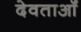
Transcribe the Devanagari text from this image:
देवताऑं